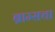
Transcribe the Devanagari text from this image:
ब्राम्सचा